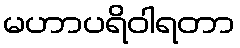
မဟာပရိဝါရတာ